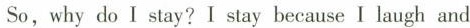
So,why do I stay? I stay because I laugh and